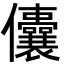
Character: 儾